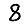
Digit: 8